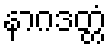
နာဂဒတ္တံ